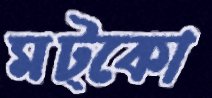
মট্‌কো